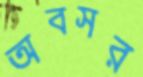
অবসর